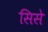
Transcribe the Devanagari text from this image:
सिसे